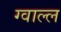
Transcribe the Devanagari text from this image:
ग्वाल्ल